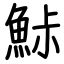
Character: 鮛